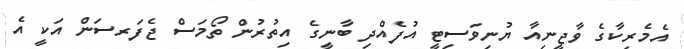
އެމެރިކާގެ ވާޖީނިއާ ޔުނިވަސިޓީ އުފެއްދި ބާނީގެ އިތުރުން ތޯމަސް ޖެފަރސަން އަކީ އެ